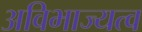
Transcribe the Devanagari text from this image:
अविभाज्यत्व